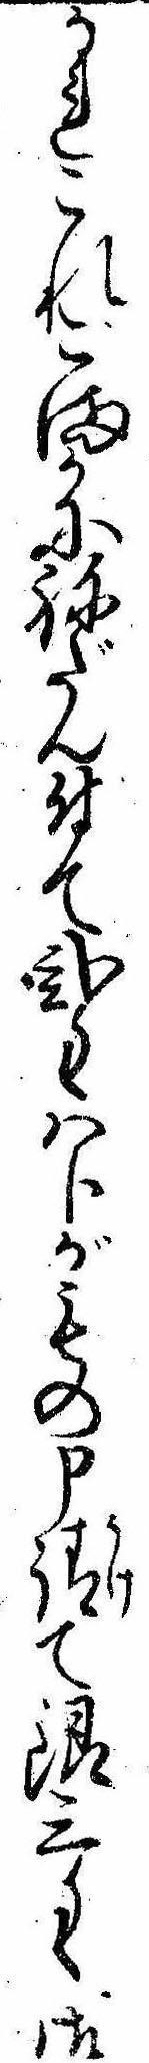
かれこれこまかにねだん付て弐匁八分がもの申請て銀三匁御